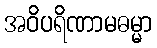
အဝိပရိဏာမဓမ္မာ